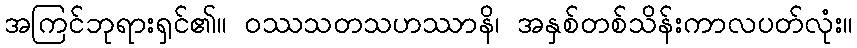
အကြင်ဘုရားရှင်၏။ ဝဿသတသဟဿာနိ၊ အနှစ်တစ်သိန်းကာလပတ်လုံး။